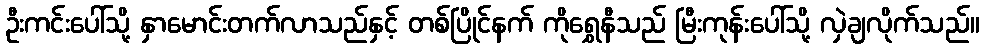
ဦးကင်းပေါ်သို့ နှာမောင်းတက်လာသည်နှင့် တစ်ပြိုင်နက် ကိုရွှေနီသည် မြီးကုန်းပေါ်သို့ လှဲချလိုက်သည်။